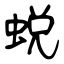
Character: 蜕